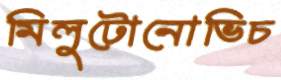
মিলুটোনোভিচ